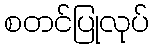
စတင်ပြုလုပ်